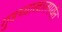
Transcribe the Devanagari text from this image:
गुडघ्याखालपर्यंत